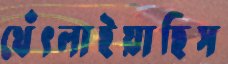
থেঁৎলাইয়াছিস